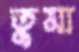
তুমা